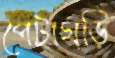
পেটাঘড়ি